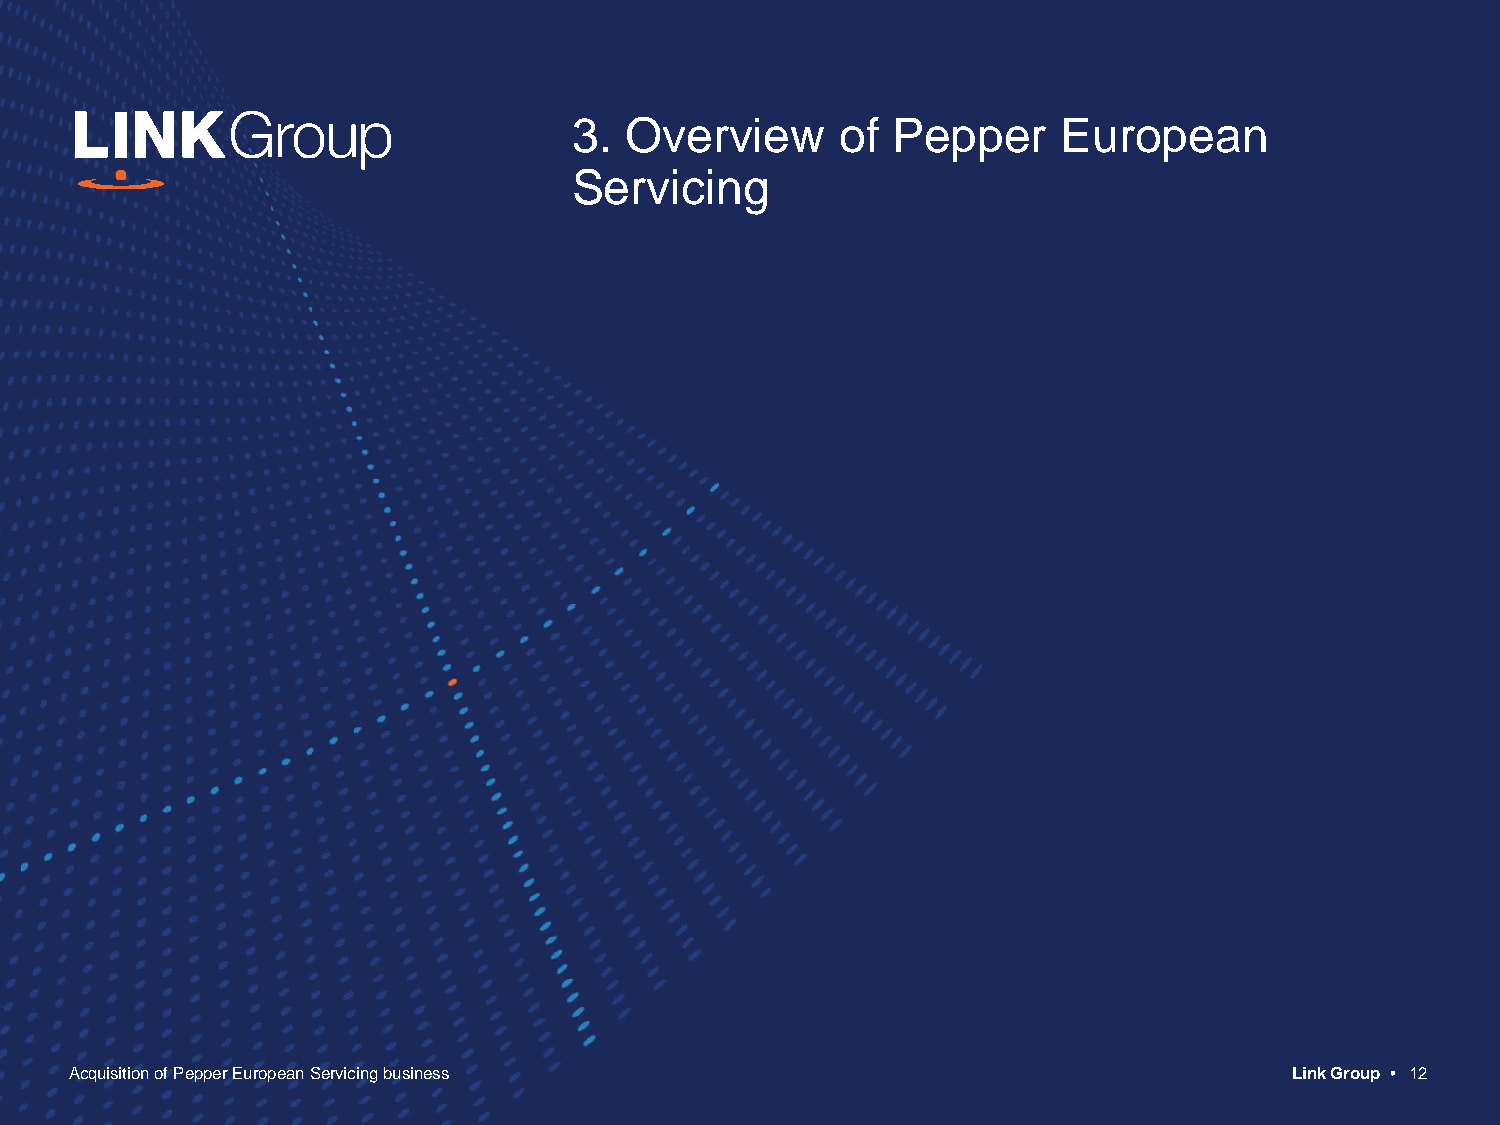
3. Overview       of Pepper     European
 Servicing
 Acquisition of Pepper European Servicing business                                Link Group • 12